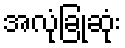
အလုံခြုံဆုံး